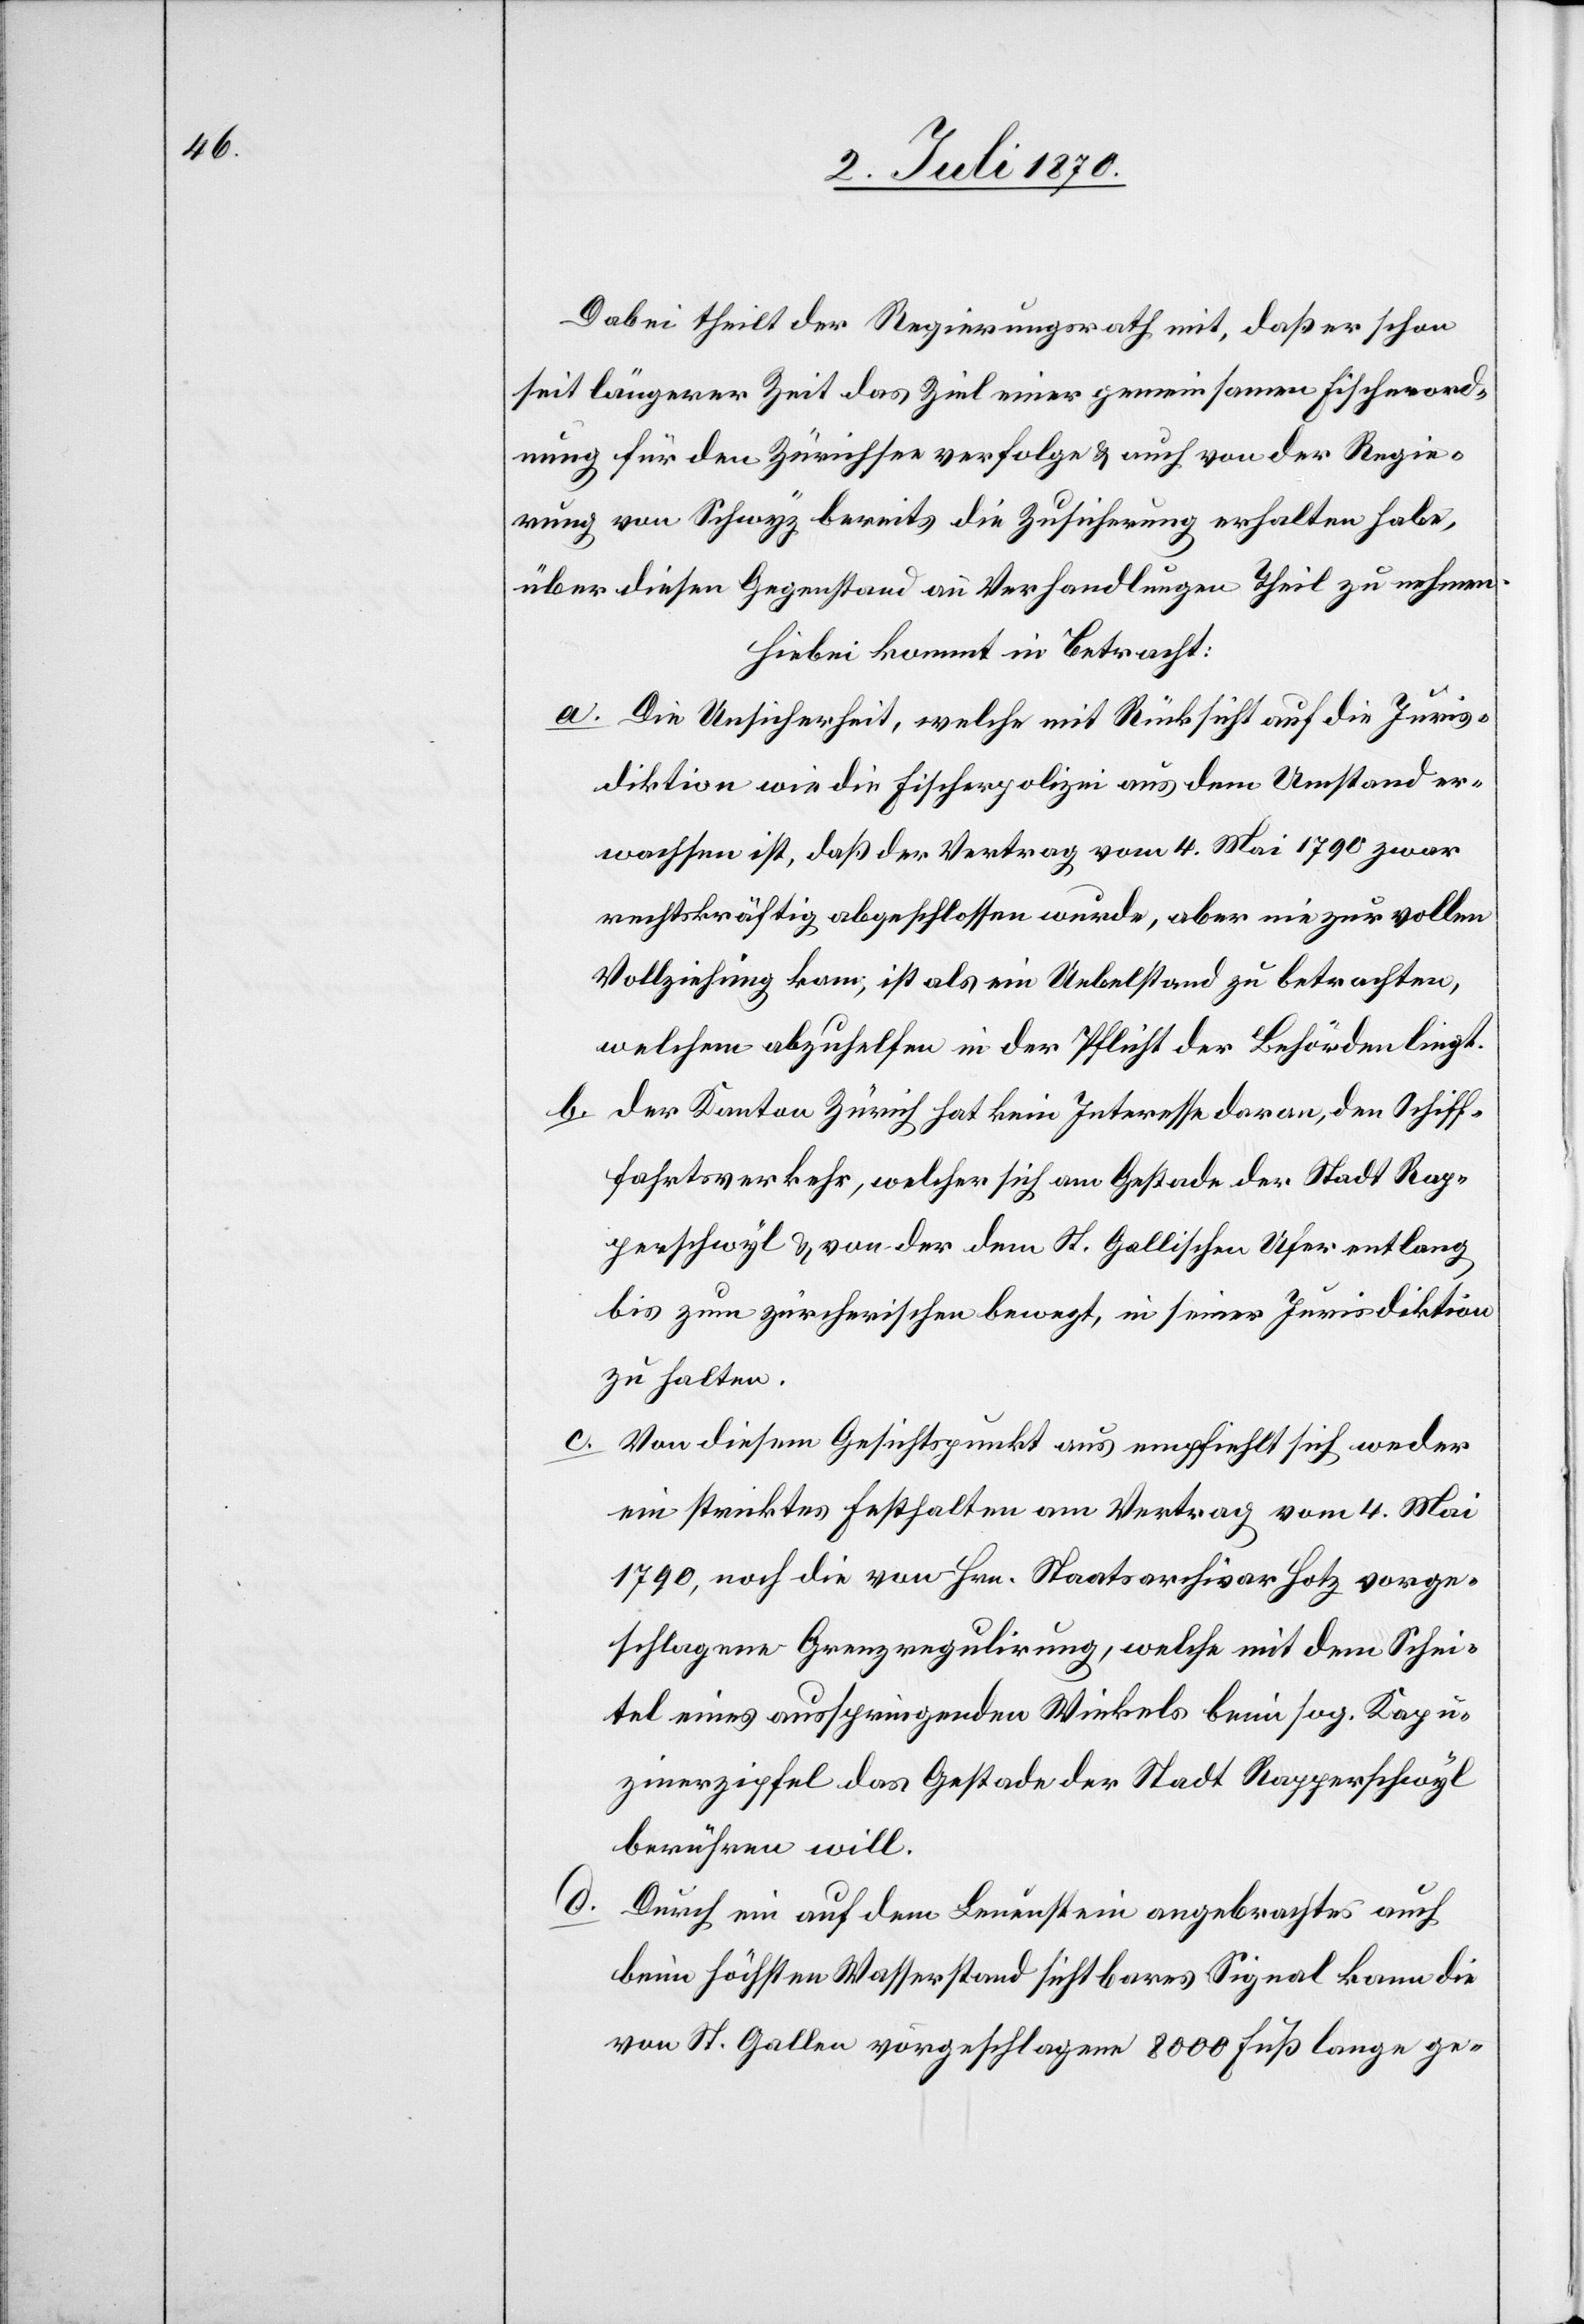
Dabei theilt der Regierungsrath mit, daß er schon
seit längerer Zeit das Ziel einer gemeinsamen Fischereiord¬
nung für den Zürichsee verfolge & auch von der Regie¬
rung von Schwyz bereits die Zusicherung erhalten habe,
über diesen Gegenstand an Verhandlungen Theil zu nehmen.
Hiebei kommt in Betracht:
a. Die Unsicherheit, welche mit Rücksicht auf die Juris¬
diktion wie die Fischerpolizei aus dem Umstand er¬
wachsen ist, daß der Vertrag vom 4. Mai 1790 zwar
rechtskräftig abgeschlossen wurde, aber nie zur Vol¬
lziehung kam, ist als ein Uebelstand zu betrachten,
welchem abzuhelfen in der Pflicht der Behörden liegt.
b. Der Kanton Zürich hat kein Interesse daran, den Schiff¬
fahrtsverkehr, welcher sich am Gestade der Stadt Rap¬
perschwyl & von der dem St. Gallischen Ufer entlang
bis zum zürcherischen bewegt, in seiner Jurisdiktion
zu halten.
Von diesem Gesichtspunkt aus empfiehlt sich weder
ein striktes Festhalten am Vertrag vom 4. Mai
1790, noch die von Hrn. Staatsarchivar Hotz vorge¬
schlagene Grenzregulirung, welche mit dem Schei¬
tel eines ausspringenden Winkels beim sog. Kapu¬
zinerzipfel das Gestade der Stadt Rapperschwyl
berühren will.
Durch ein auf dem Leuenstein angebrachtes auch
beim höchsten Wasserstand sichtbares Signal kann die
von St. Gallen vorgeschlagene 8000 Fuß lange ge-